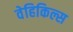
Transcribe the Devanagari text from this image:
वेहिकिल्स